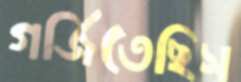
গর্জিতেছিস